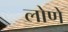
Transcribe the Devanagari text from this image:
लोणे